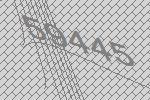
59445